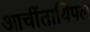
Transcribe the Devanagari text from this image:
आर्चीतायिपल